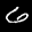
Label: 6